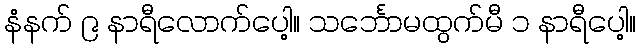
နံနက် ၉ နာရီလောက်ပေါ့။ သင်္ဘောမထွက်မီ ၁ နာရီပေါ့။